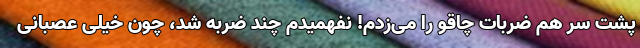
پشت سر هم ضربات چاقو را می‌زدم! نفهمیدم چند ضربه شد، چون خیلی عصبانی